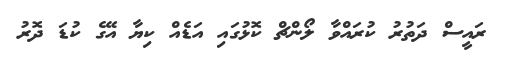
ރައީސް ދަތުރު ކުރައްވާ ލޯންޗް ކޮޅުގައި އަޑެއް ކިޔާ އޭގެ ކުޑަ ދޮރު